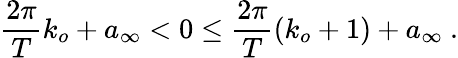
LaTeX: \frac{2\pi}{T}k_{o}+a_{\infty}<0\le\frac{2\pi}{T}(k_{o}+1)+a_{\infty}\ .